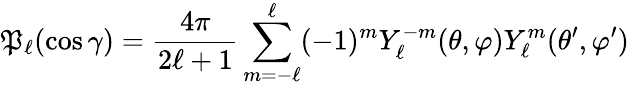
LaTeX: \mathfrak{P}_{\ell}(\cos\gamma)={\frac{{4\pi}}{{2\ell+1}}}\sum_{m=-\ell}^{\ell}(-1)^{m}Y_{\ell}^{-m}(\theta,\varphi)Y_{\ell}^{m}(\theta^{\prime},\varphi^{\prime})